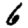
Digit: 6